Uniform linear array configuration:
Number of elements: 64
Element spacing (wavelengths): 0.5
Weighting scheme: hann
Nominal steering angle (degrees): -45
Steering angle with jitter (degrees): -43.413
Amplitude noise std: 0.05
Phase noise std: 0.05

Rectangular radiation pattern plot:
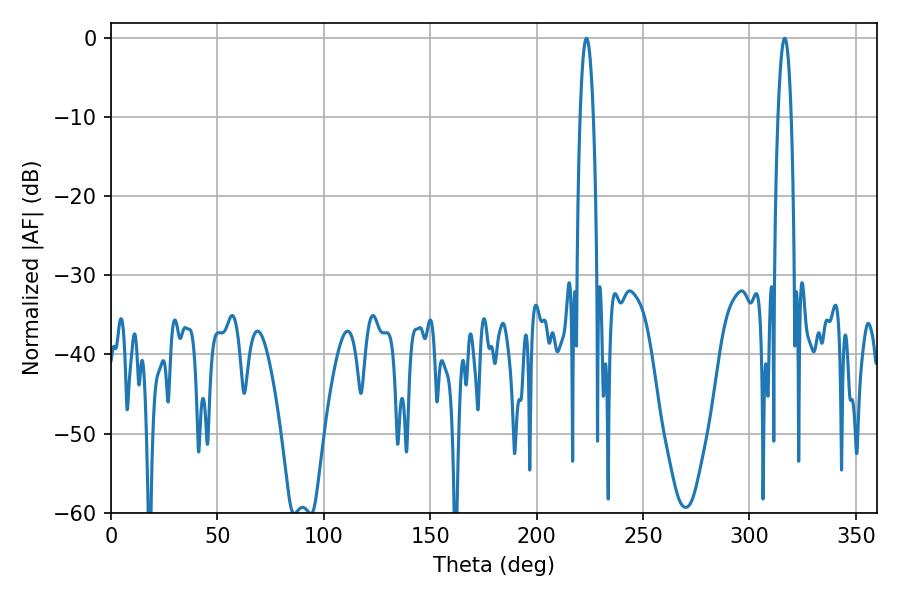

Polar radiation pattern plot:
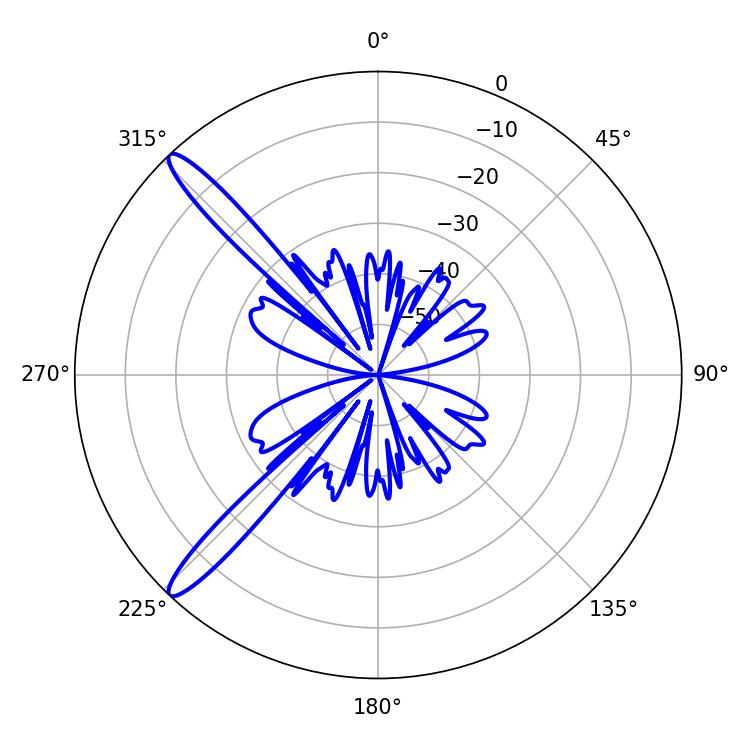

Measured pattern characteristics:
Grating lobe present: FALSE
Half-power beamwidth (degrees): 3.42
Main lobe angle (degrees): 223.38